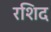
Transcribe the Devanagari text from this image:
रशिद